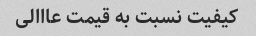
کیفیت نسبت به قیمت عااالی